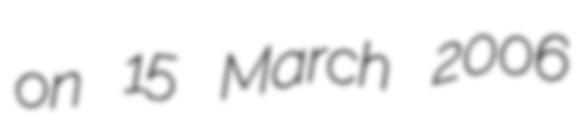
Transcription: on 15 March 2006